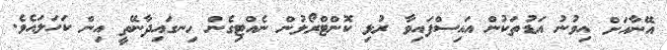
އޭނާއަށް އިވުނު އަޑުތަކުން އައިސްފައިވާ ރުޅި ކޮންޓްރޯލުން ނެއްޓިގެން ހިނގައިދާނޭތީ އިން ކަހަލައެވެ.